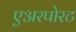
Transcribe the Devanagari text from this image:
एअरपोरट